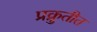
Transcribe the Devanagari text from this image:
प्रक्रुतीत